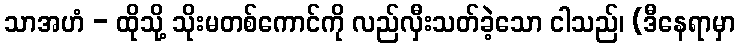
သာအဟံ - ထိုသို့ သိုးမတစ်ကောင်ကို လည်လှီးသတ်ခဲ့သော ငါသည်၊ (ဒီနေရာမှာ